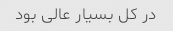
در کل بسیار عالى بود